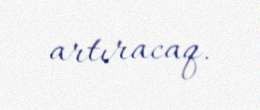
artıracaq.